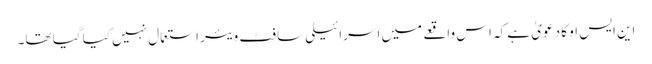
این ایس او کا دعویٰ ہے کہ اس واقعے میں اسرائیلی سافٹ ویئر استعمال نہیں کیا گیا تھا۔